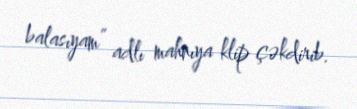
balasıyam” adlı mahnıya klip çəkdirib.